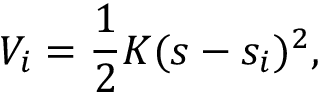
V _ { i } = \frac { 1 } { 2 } K ( s - s _ { i } ) ^ { 2 } ,